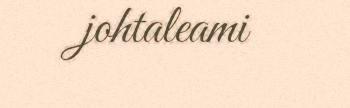
johtaleami